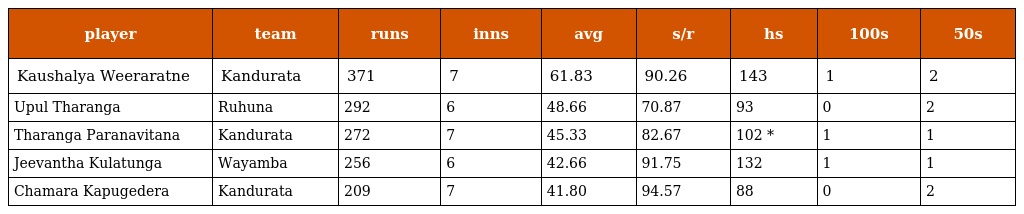
| player | team | runs | inns | avg | s/r | hs | 100s | 50s |
 | --- | --- | --- | --- | --- | --- | --- | --- | --- |
 | Kaushalya Weeraratne | Kandurata | 371 | 7 | 61.83 | 90.26 | 143 | 1 | 2 |
 | Upul Tharanga | Ruhuna | 292 | 6 | 48.66 | 70.87 | 93 | 0 | 2 |
 | Tharanga Paranavitana | Kandurata | 272 | 7 | 45.33 | 82.67 | 102 * | 1 | 1 |
 | Jeevantha Kulatunga | Wayamba | 256 | 6 | 42.66 | 91.75 | 132 | 1 | 1 |
 | Chamara Kapugedera | Kandurata | 209 | 7 | 41.80 | 94.57 | 88 | 0 | 2 |